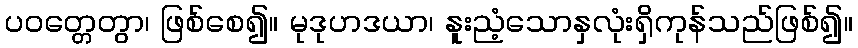
ပဝတ္တေတွာ၊ ဖြစ်စေ၍။ မုဒုဟဒယာ၊ နူးညံ့သောနှလုံးရှိကုန်သည်ဖြစ်၍။